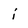
Character: j